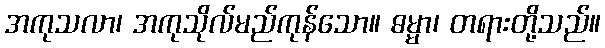
အကုသလာ၊ အကုသိုလ်မည်ကုန်သော။ ဓမ္မာ၊ တရားတို့သည်။